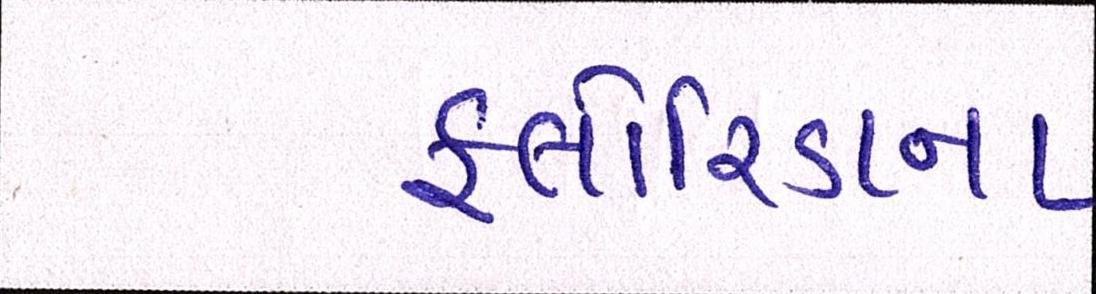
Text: ફ્લોરિડાના